Insane asylums in Bengal annual reports 1867-1875 - 1867-1875
Year: 1867
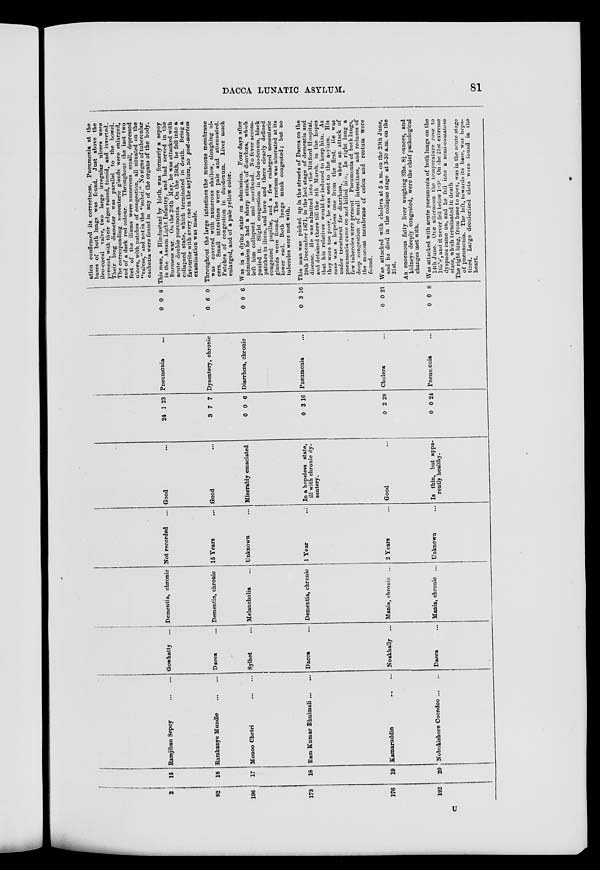
DACCA LUNATIC ASYLUM.
81
2
92
196
173
176
192
15
16
17
18
19
20
Ramjiban Sepoy
...
...
Ramkanye Mundle
Monoo Chetri
Ram Kumar Bhuimali ... ...
Kamaruddin
...
...
Nobokishore Coondoo ... ...
Gowhatty ...
Dacca ...
8ylhet
Dacca ...
Noakhally ...
Dacca ...
Dementia, chronic
Dementia, chronic
Melancholia
Dementia, chronic
Mania, chronic ...
Mania, chronic ...
Not recorded ...
15 Tears
Unknown
1 Year ...
2 Years ...
Unknown ...
Good ...
Good ...
Miserably emaciated
In a hopeless state,
ill with chronic dy-
sentery.
Good ...
Is thin, but appa-
rently healthy.
24
3
0
0
0
0
1
7
0
3
2
0
23
7
6
16
29
24
Pneumonia ...
Dysentery, chronic
Diarrhoea, chronic
Pneumonia ...
Cholera ...
Pneumouia ...
0
0
0
0
0
0
0
6
0
3
0
0
8
0
6
16
21
8
ation confirmed its correctness. Pneumonia at the
bases of both lungs was found. Just above the
ileo-cœcal valve, two large irregular ulcers were
present, with their edges raised, tumid, and inverted.
Their long diameter was parallel to the bowel.
The corresponding mesenteric glands were enlarged,
and of a dark red colour.
Throughout the last two
feet of the iliums were numerous small, depressed
ulcers, with patches of congestion, all situated on the
"valves," and not in the "subci." No signs of tubercular
cachexia were found in any of the organs of the body.
This man, a Hindustani by birth, was formerly a sepoy
in the Assam Light Infantry, and had served in the
Burmese war. On the 20th May, he was attacked with
acute double pneumonia. On the 25th, he fell into a
collapsed state, which terminated in death. Being a
favourite with every one in the asylum, no post-mortem
examination was made.
Throughout the large intestines the mucous membrane
was covered with numerous shallow, sloughing ul-
cers. Small intestines were pale and attenuated.
Patches of congestion in duodenum. Liver much
enlarged, and of a pale yellow color.
Was in a dying state on admission. Four days after
admission he had a sharp attack of diarrhœa, which
left him collapsed and moribund. No fever accom-
panied it. Slight congestion in the duodenum, black
patches in ilium, and here and there clearly defined
congested papilla?, and a few enlarged mesenteric
glands were found. The rectum was ulcerated at its
lower end. Both lungs much congested; but no
tubercles were met with.
This man was picked up in the streets of Dacca on the
29th December 1871, in the last stage of dementia and
disease. He was admitted into the Mitford Hospital,
and detained there till the 8th March, in the hopes
that his relatives would be induced to keep him. As
they were too poor, he was sent to the asylum. His
case was a hopeless one from the first. He was
under treatment for diarrhœa, when an attack of
pneumonia came on and killed him. In right lung a
few tubercles were present Pneumonia of both lungs,
deep congestion of small intestines, and redness of
the mucous membrane of colon and rectum were
found.
Was attacked with cholera at 5 a.m. on the 20th June,
and he died in the collapse stage at 3.30 a.m. on the
21st.
An enormous fatty liver weighing 3lbs. 8½ ounces, and
kidneys deeply congested, were the chief pathological
changes met with.
Was attacked with acute pneumonia of both lungs on the
14th June. One afternoon the temperature rose to
105°8', and it never fell below 103°. On the 21st extreme
dyspnœa came on, and he fell into a semi-comatose
state, which terminated in death
The right lung, from base to apex, was in the acute stage
of pneumonia. The left, towards its base, was hepa-
tized. Large decolorized clots were found in the
heart.
U